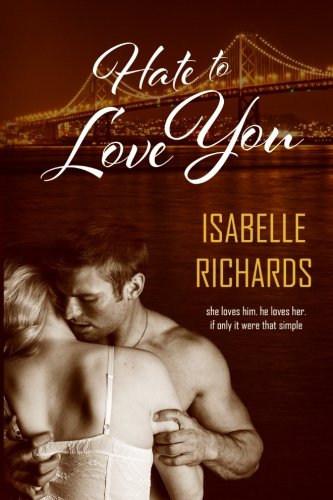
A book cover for Hate To Love You (Love/Hate) (Volume 1); Isabelle Richards; Romance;